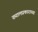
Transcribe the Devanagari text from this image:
ख्यालप्रकाराच्या